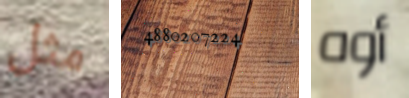
مثل 4880207224 أوه